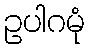
ဥပါဂမုံ